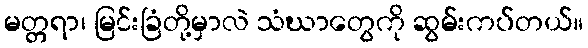
မတ္တရာ၊ မြင်းခြံတို့မှာလဲ သံဃာတွေကို ဆွမ်းကပ်တယ်။